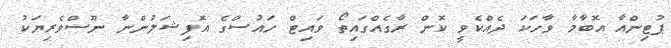
ޕުޓިންއާ އޮބާމާ ވާހަކަ ދެއްކެވީ ކޮން ރާގެއްގައިތޯ ވައިޓް ހައުސްގެ އޮފިޝަލުންނާ ނޫސްވެރިޔަކު